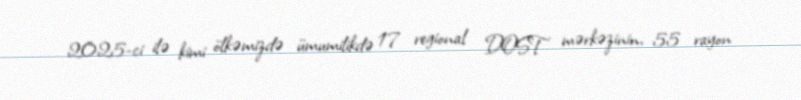
2025-ci ilə kimi ölkəmizdə ümumilikdə 17 regional DOST mərkəzinin, 55 rayon